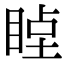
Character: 𥇞